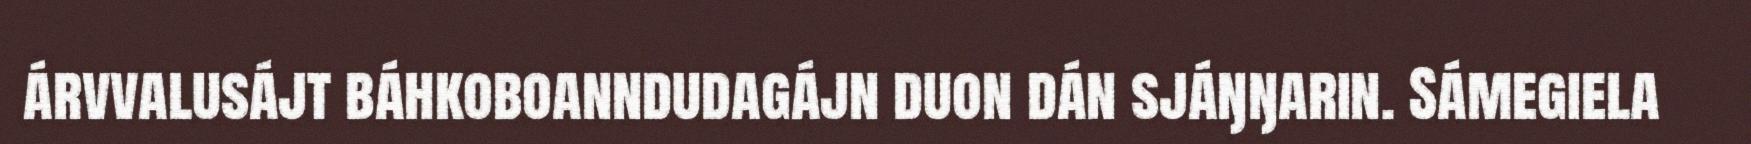
árvvalusájt báhkoboanndudagájn duon dán sjáŋŋarin. Sámegiela